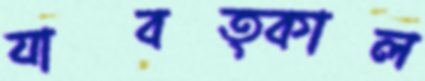
যাবত্কাল